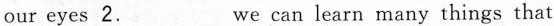
our eyes 2.___ we can learn many things that